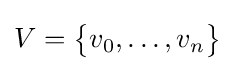
V={\bigl \{}v_{0},\dots ,v_{n}{\bigr \}}